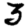
Digit: 3